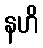
နဟိ